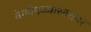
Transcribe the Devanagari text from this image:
वेगवेगळ्यास्तरावर